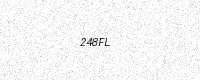
Text: 248FL